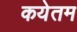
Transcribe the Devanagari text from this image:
कयेतम